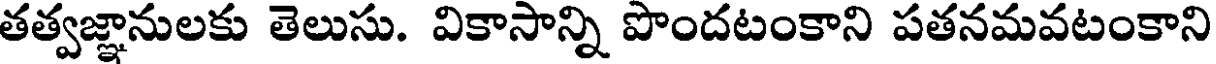
తత్వజ్ఞానులకు తెలుసు. వికాసాన్ని పొందటంకాని పతనమవటంకాని